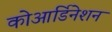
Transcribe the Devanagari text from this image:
कोआर्डिनेशन